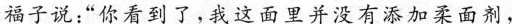
福子说：“你看到了，我这面里没有添加柔面剂，